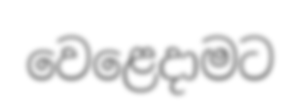
වෙළෙදාමට